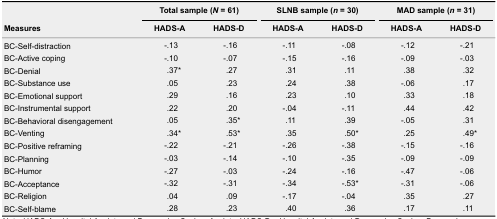
<table><thead><tr><td rowspan="2"><b>Measures</b></td><td colspan="2"><b>Total sample (<i>N</i> = 61)</b></td><td colspan="2"><b>SLNB sample (<i>n</i> = 30)</b></td><td colspan="2"><b>MAD sample (<i>n</i> = 31)</b></td></tr><tr><td><b>HADS-A</b></td><td><b>HADS-D</b></td><td><b>HADS-A</b></td><td><b>HADS-D</b></td><td><b>HADS-A</b></td><td><b>HADS-D</b></td></tr></thead><tbody><tr><td>BC-Self-distraction</td><td>-.13</td><td>-.16</td><td>-.11</td><td>-.08</td><td>-.12</td><td>-.21</td></tr><tr><td>BC-Active coping</td><td>-.10</td><td>-.07</td><td>-.15</td><td>-.16</td><td>-.09</td><td>-.03</td></tr><tr><td>BC-Denial</td><td>.37*</td><td>.27</td><td>.31</td><td>.11</td><td>.38</td><td>.32</td></tr><tr><td>BC-Substance use</td><td>.05</td><td>.23</td><td>.24</td><td>.38</td><td>-.06</td><td>.17</td></tr><tr><td>BC-Emotional support</td><td>.29</td><td>.16</td><td>.23</td><td>.10</td><td>.33</td><td>.18</td></tr><tr><td>BC-Instrumental support</td><td>.22</td><td>.20</td><td>-.04</td><td>-.11</td><td>.44</td><td>.42</td></tr><tr><td>BC-Behavioral disengagement</td><td>.05</td><td>.35*</td><td>.11</td><td>.39</td><td>-.05</td><td>.31</td></tr><tr><td>BC-Venting</td><td>.34*</td><td>.53*</td><td>.35</td><td>.50*</td><td>.25</td><td>.49*</td></tr><tr><td>BC-Positive reframing</td><td>-.22</td><td>-.21</td><td>-.26</td><td>-.38</td><td>-.15</td><td>-.16</td></tr><tr><td>BC-Planning</td><td>-.03</td><td>-.14</td><td>-.10</td><td>-.35</td><td>-.09</td><td>-.09</td></tr><tr><td>BC-Humor</td><td>-.27</td><td>-.03</td><td>-.24</td><td>-.16</td><td>-.47</td><td>-.06</td></tr><tr><td>BC-Acceptance</td><td>-.32</td><td>-.31</td><td>-.34</td><td>-.53*</td><td>-.31</td><td>-.06</td></tr><tr><td>BC-Religion</td><td>.04</td><td>.09</td><td>-.17</td><td>-.04</td><td>.35</td><td>.27</td></tr><tr><td>BC-Self-blame</td><td>.28</td><td>.23</td><td>.40</td><td>.36</td><td>.17</td><td>.11</td></tr></tbody></table>